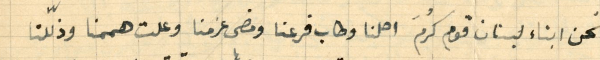
نحن ابناء لبنان قوم كُرمَ اهلنا وطاب فرعنا ومضى عزمنا وعلت هممنا وذلّلنا